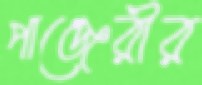
পাঞ্জেরীর